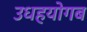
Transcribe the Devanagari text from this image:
उधहयोगब